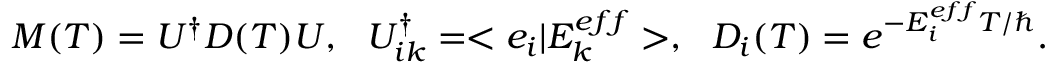
M ( T ) = U ^ { \dagger } D ( T ) U , ~ ~ U _ { i k } ^ { \dagger } = < e _ { i } | E _ { k } ^ { e f f } > , ~ ~ D _ { i } ( T ) = e ^ { - E _ { i } ^ { e f f } T / \hbar } .